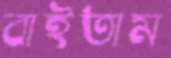
বাইতাম